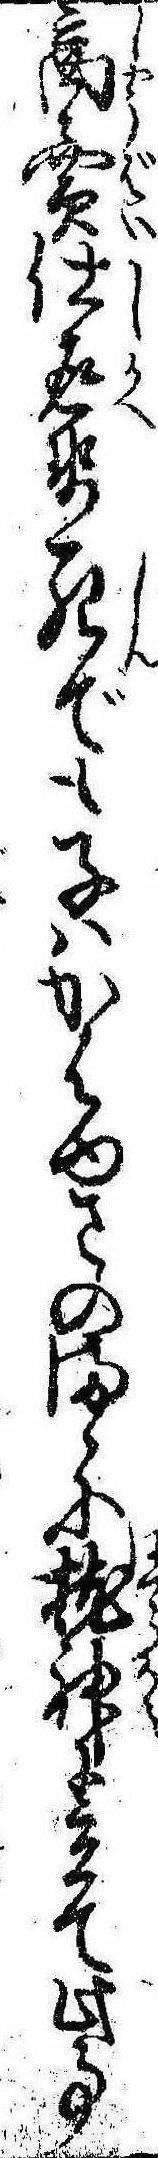
商売仕返せ死でも子はかはゆさのまゝに枕神に立て此事